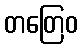
တတြေဝ